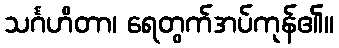
သင်္ဂဟိတာ၊ ရေတွက်အပ်ကုန်၏။